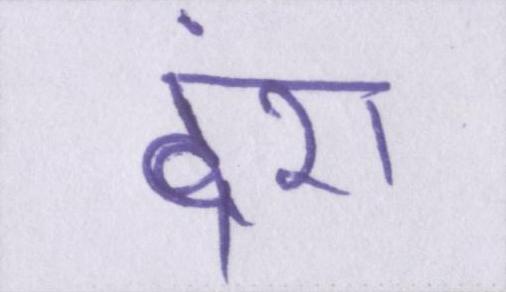
दंश